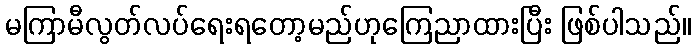
မကြာမီလွတ်လပ်ရေးရတော့မည်ဟုကြေညာထားပြီး ဖြစ်ပါသည်။